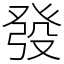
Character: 發